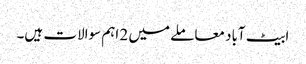
ابیٹ آباد معاملے میں 2 اہم سوالات ہیں۔